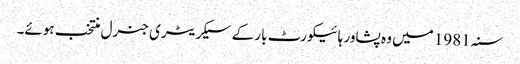
سنہ 1981 میں وہ پشاور ہائیکورٹ بار کے سیکریٹری جنرل منتخب ہوئے۔